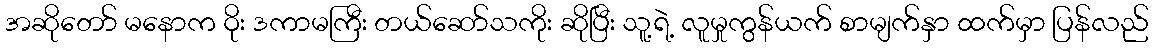
အဆိုတော် မနောက ဝိုး ဒကာမကြီး တယ်ဆော်သကိုး ဆိုပြီး သူ့ရဲ့ လူမှုကွန်ယက် စာမျက်နှာ ထက်မှာ ပြန်လည်